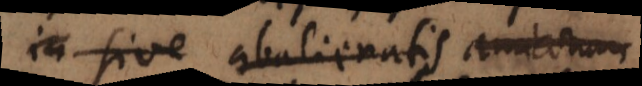
in sive abalienatis amicorum